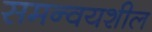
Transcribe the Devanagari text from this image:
समन्वयशील